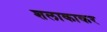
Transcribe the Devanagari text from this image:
शलाकाकर